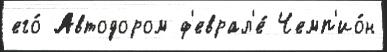
его́ Автодором ф'еврал'е́ Чемп'ио́н